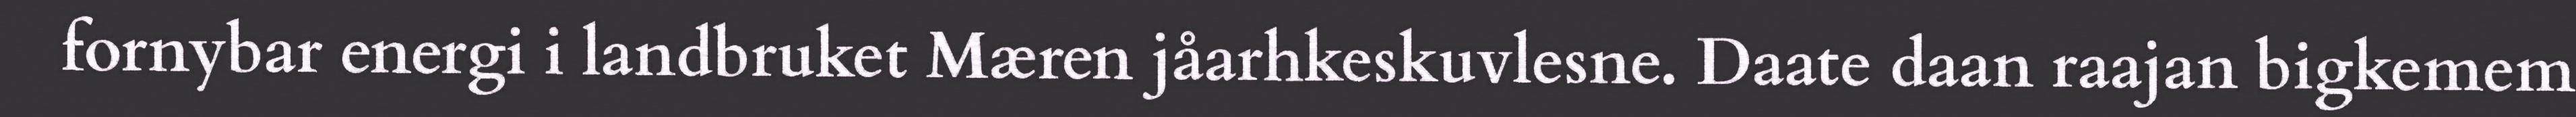
fornybar energi i landbruket Mæren jåarhkeskuvlesne. Daate daan raajan bigkemem